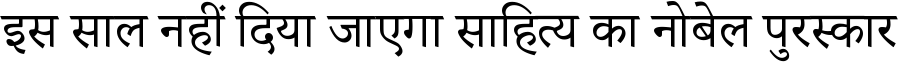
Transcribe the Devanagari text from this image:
इस साल नहीं दिया जाएगा साहित्य का नोबेल पुरस्कार